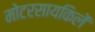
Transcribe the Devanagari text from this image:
मोटरसायकिलें